Annual administration report of the Civil Veterinary Department of India - 1904-1905
Year: 1904
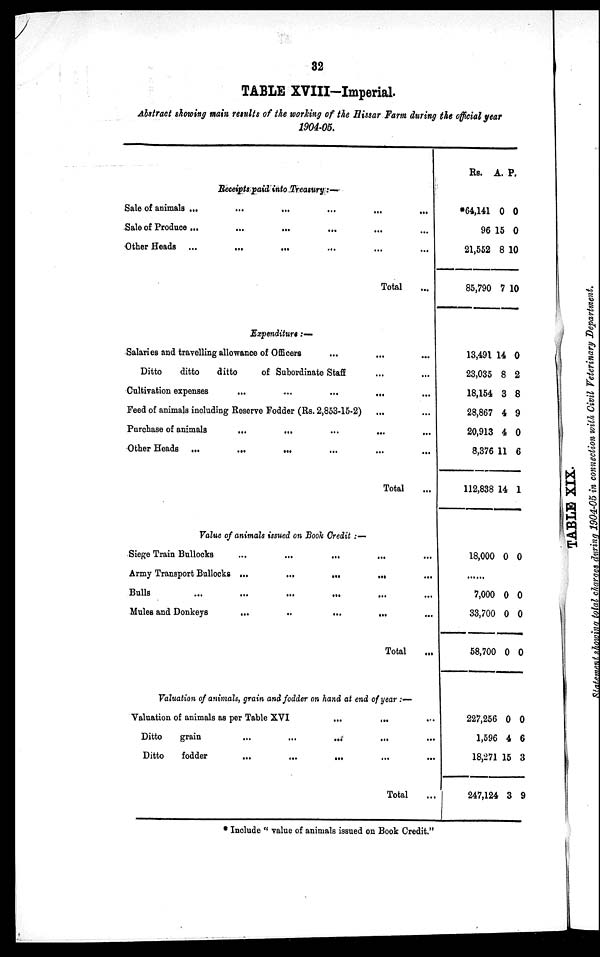
32
TABLE XVIII-Imperial.
Abstract showing main results of the working of the Hissar Farm during the official year
1904-05.
Receipts paid into Treasury:—
Sale of animals ...
...
...
...
...
...
Sale of Produce ... ... ... ... ... ...
Other Heads ...
...
... ... ... ...
Total ...
Expenditure :—
Salaries and travelling allowance of Officers ... ... ...
Ditto
ditto
ditto
of Subordinate Staff ... ...
Cultivation expenses
...
...
...
... ...
Feed of animals including Reserve Fodder (Rs. 2,853-15-2) ... ...
Purchase of animals
...
... ... ... ... ...
Other Heads ...
...
... ... ... ...
Total ...
Value of animals issued on Book Credit :—
Siege Train Bullocks
...
...
... ... ...
Army Transport Bullocks ...
...
...
...
...
Bulls
...
...
...
... ...
Mules and Donkeys
...
..
...
... ...
Total ...
Valuation of animals, grain and fodder on hand at end of year :—
Valuation of animals as per Table XVI
...
...
...
Ditto
grain ... ... ... ... ...
Ditto
fodder
...
...
...
...
...
Total ...
Rs. A. P.
*64,141
96
21,552
85,790
13,491
23,035
18,154
28,867
20,913
8,376
112,838
18,000
7,000
33,700
58,700
227,256
1,596
18,271
247,124
0
15
8
7
14
8
3
4
4
11
14
0
0
0
0
0
4
15
3
0
0
10
10
0
2
8
9
0
6
1
0
0
0
0
0
6
3
9
* Include " value of animals issued on Book Credit."